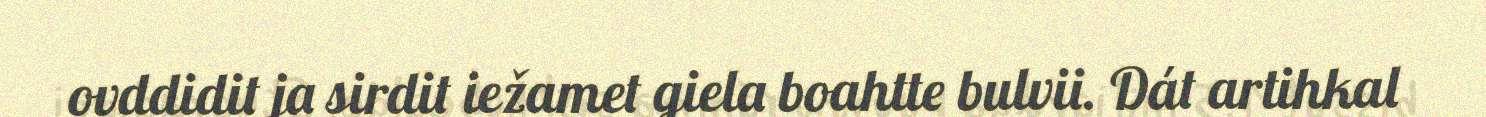
ovddidit ja sirdit iežamet giela boahtte bulvii. Dát artihkal